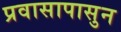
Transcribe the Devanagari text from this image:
प्रवासापासुन